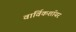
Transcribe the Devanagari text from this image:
वार्विकशॉयर